Civil Veterinary Dept. Assam report 1927-50 - 1927-1950
Year: 1927
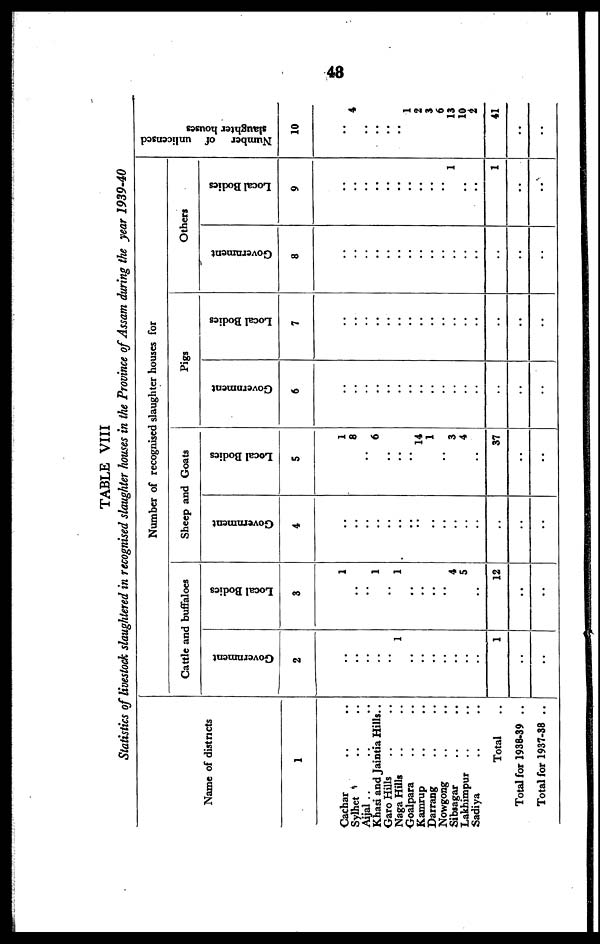
48
TABLE VIII
Statistics of livestock slaughtered in recognised slaughter houses in the Province of Assam during the year 1939-40
Name of districts
1
Cachar .. ..
Sylhet .. ..
Aijal .. .. ..
Khasi and Jaintia Hills..
Garo Hills .. ..
Naga Hills
Goalpara .. ..
Kamrup .. ..
Darrang .. ..
Nowgong .. ..
Sibsagar .. ..
Lakhimpur .. ..
Sadiya .. ..
Total ..
Total for 1938-39 ..
Total for 1937-38 ..
Number of recognised slaughter houses for
Cattle and buffaloes
Government
2
..
..
..
..
..
1
..
..
..
..
..
..
..
1
..
..
Local Bodies
3
1
..
..
1
..
1
..
..
..
..
4
5
..
12
..
..
Sheep and Goats
Government
4
..
..
..
..
..
..
..
..
..
..
..
..
..
..
..
..
Local Bodies
5
1
8
..
6
..
..
..
14
1
..
3
4
..
37
..
..
Pigs
Government
6
..
..
..
..
..
..
..
..
..
..
..
..
..
..
..
..
Local Bodies
7
..
..
..
..
..
..
..
..
..
..
..
..
..
..
..
..
Others
Government
8
..
..
..
..
..
..
..
..
..
..
..
..
..
..
..
..
Local Bodies
9
..
..
..
..
..
..
..
..
..
..
1
..
..
1
..
..
Number
of unlicensed
slaughter houses
10
..
4
..
..
..
1
2
3
6
13
10
2
41
..
..